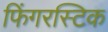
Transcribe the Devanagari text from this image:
फिंगरस्टिक